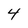
Character: 4